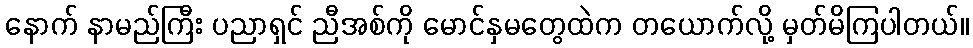
နောက် နာမည်ကြီး ပညာရှင် ညီအစ်ကို မောင်နှမတွေထဲက တယောက်လို့ မှတ်မိကြပါတယ်။